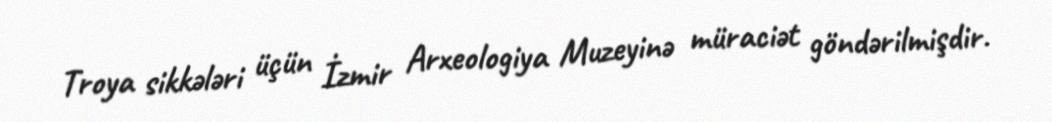
Troya sikkələri üçün İzmir Arxeologiya Muzeyinə müraciət göndərilmişdir.